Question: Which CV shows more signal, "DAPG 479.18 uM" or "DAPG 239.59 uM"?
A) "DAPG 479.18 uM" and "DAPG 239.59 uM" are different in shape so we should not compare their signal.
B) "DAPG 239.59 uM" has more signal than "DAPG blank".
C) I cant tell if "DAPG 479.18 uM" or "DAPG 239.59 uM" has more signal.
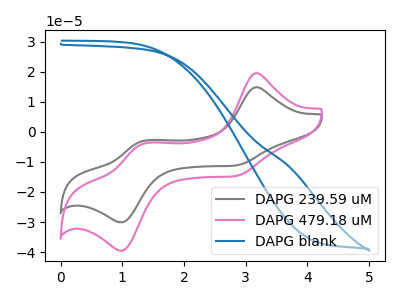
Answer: <think>The gray curve "DAPG 239.59 uM" has anodic peaks at (3.15V, 14.90uA) (1.35V, -3.05uA) and cathodic peaks at (2.80V, -11.20uA) (1.00V, -30.10uA). The pink curve "DAPG 479.18 uM" has anodic peaks at (3.15V, 19.55uA) (1.35V, -4.00uA) and cathodic peaks at (2.80V, -14.75uA) (1.00V, -39.55uA). The blue curve "DAPG blank" has no peaks.
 All the peaks in "DAPG 479.18 uM" have a peak in "DAPG 239.59 uM" at the same potential.</think>
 <answer>C) I cant tell if "DAPG 479.18 uM" or "DAPG 239.59 uM" has more signal.</answer>
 <eval>C</eval>